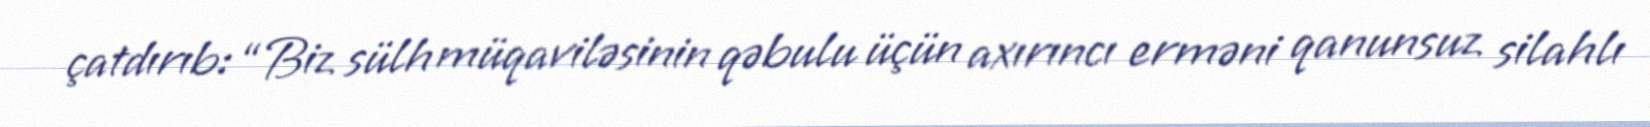
çatdırıb: “Biz sülh müqaviləsinin qəbulu üçün axırıncı erməni qanunsuz silahlı